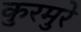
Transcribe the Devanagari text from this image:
कुरमुरे